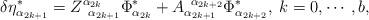
LaTeX: \begin{align*}\delta \eta _{\alpha _{2k+1}}^{*}=Z_{\;\;\alpha _{2k+1}}^{\alpha_{2k}}\Phi _{\alpha _{2k}}^{*}+A_{\alpha _{2k+1}}^{\;\;\alpha _{2k+2}}\Phi_{\alpha _{2k+2}}^{*},\;k=0,\cdots ,b,\end{align*}